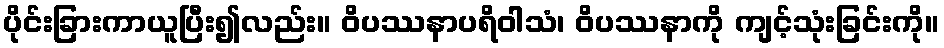
ပိုင်းခြားကာယူပြီး၍လည်း။ ဝိပဿနာပရိဝါသံ၊ ဝိပဿနာကို ကျင့်သုံးခြင်းကို။